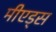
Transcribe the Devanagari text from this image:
मीएड्स